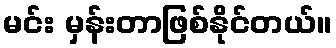
မင်း မှန်းတာဖြစ်နိုင်တယ်။